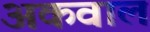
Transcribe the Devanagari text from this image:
अकवाल